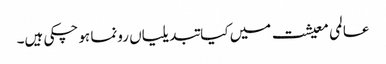
عالمی معیشت میں کیا تبدیلیاں رونما ہو چکی ہیں۔